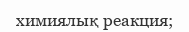
химиялық реакция;